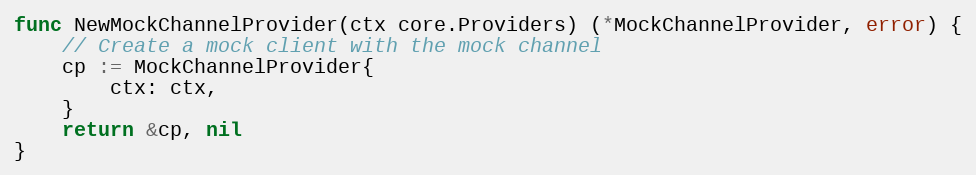
Language: Go
func NewMockChannelProvider(ctx core.Providers) (*MockChannelProvider, error) {
	// Create a mock client with the mock channel
	cp := MockChannelProvider{
		ctx: ctx,
	}
	return &cp, nil
}